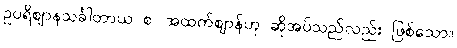
ဥပရိဈာနသင်္ခါတာယ စ၊ အထက်ဈာန်ဟု ဆိုအပ်သည်လည်း ဖြစ်သော။